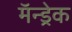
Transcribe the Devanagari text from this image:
मॅन्ड्रेक